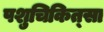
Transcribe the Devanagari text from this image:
पशुचिकित्‍सा